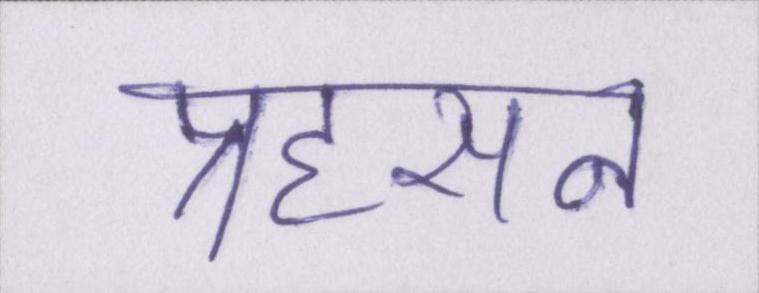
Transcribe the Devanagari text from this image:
प्रहसन